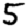
Digit: 5